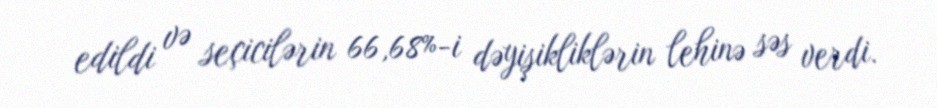
edildi və seçicilərin 66,68%-i dəyişikliklərin lehinə səs verdi.